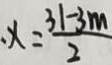
、 x = \frac { 3 1 - 3 m } { 2 }